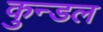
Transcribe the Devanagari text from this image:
कुन्डल